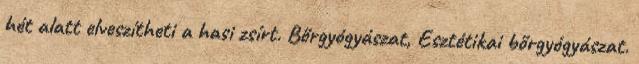
hét alatt elveszítheti a hasi zsírt. Bőrgyógyászat, Esztétikai bőrgyógyászat.